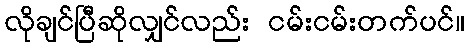
လိုချင်ပြီဆိုလျှင်လည်း ငမ်းငမ်းတက်ပင်။